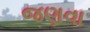
જણવા